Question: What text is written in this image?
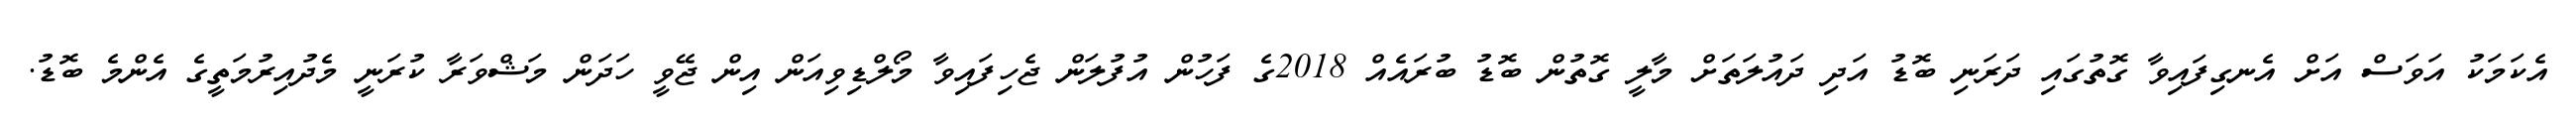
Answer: އެކަމަކު އަވަސް އަށް އެނގިފައިވާ ގޮތުގައި ދަރަނި ބޮޑު އަދި ދައުލަތަށް މާލީ ގޮތުން ބޮޑު ބުރައެއް 2018ގެ ފަހުން އުފުލަން ޖެހިފައިވާ މޯލްޑިވިއަން އިން ޖޭވީ ހަދަން މަޝްވަރާ ކުރަނީ މެދުއިރުމަތީގެ އެންމެ ބޮޑު.